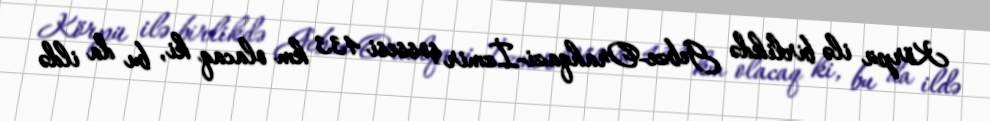
Körpü ilə birlikdə Gebze-Orahqazi-İzmir şossesi 433 km olacaq ki, bu da ildə